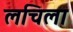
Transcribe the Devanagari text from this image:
लचिला